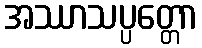
အဿာသပ္ပတ္တော